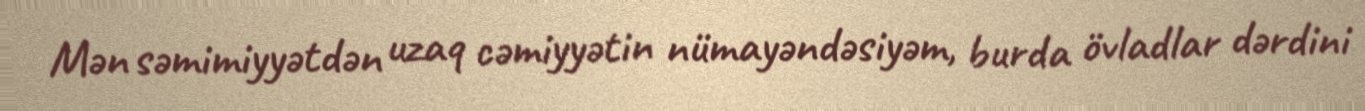
Mən səmimiyyətdən uzaq cəmiyyətin nümayəndəsiyəm, burda övladlar dərdini